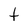
Character: t